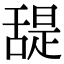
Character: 𦧧